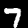
Label: 7